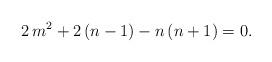
LaTeX: \begin{align*}2\,m^2+2\,(n-1)-n\,(n+1)=0.\end{align*}